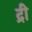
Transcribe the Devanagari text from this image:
द्री